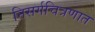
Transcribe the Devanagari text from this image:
निसर्गचित्रणात